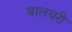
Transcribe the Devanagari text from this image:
बालचरी